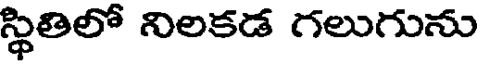
స్థితిలో నిలకడ గలుగును